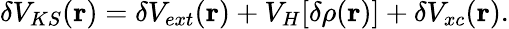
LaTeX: \delta V_{KS}(\mathbf{r})=\delta V_{ext}(\mathbf{r})+V_{H}[\delta\rho(\mathbf{r})]+\delta V_{xc}(\mathbf{r}).